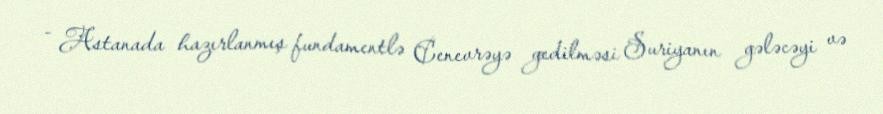
- Astanada hazırlanmış fundamentlə Cenevrəyə gedilməsi Suriyanın gələcəyi və